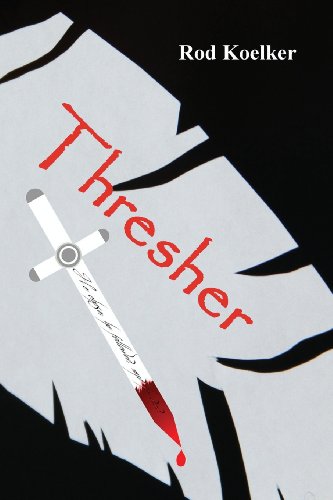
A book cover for Thresher; Rod Koelker; Literature & Fiction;